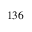
^ { 1 3 6 }